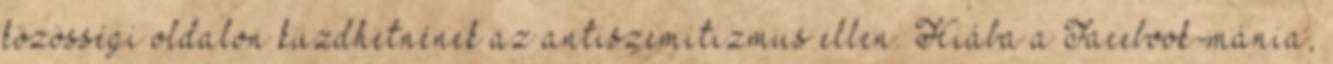
közösségi oldalon küzdhetnének az antiszemitizmus ellen. Hiába a Facebook-mánia,